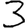
Digit: 3